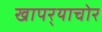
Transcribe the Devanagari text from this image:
खापर्‍याचोर